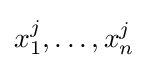
x_{1}^{j},\dots ,x_{n}^{j}